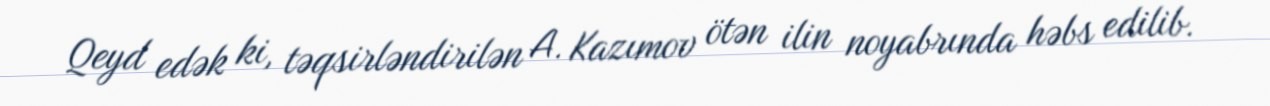
Qeyd edək ki, təqsirləndirilən A. Kazımov ötən ilin noyabrında həbs edilib.